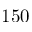
1 5 0